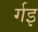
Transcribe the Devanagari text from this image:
र्गइ